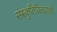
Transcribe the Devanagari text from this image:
संस्कृतिविजयाची